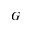
G